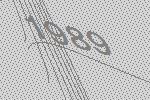
1989